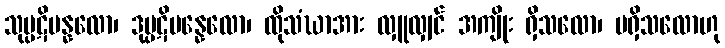
သုပ္ပဋိပန္နလော၊ ဒုပ္ပဋိပန္နေလော၊ ထိုသံဃာအား လှူလျှင် အကျိုး ရှိသလော၊ မရှိသလောဟု